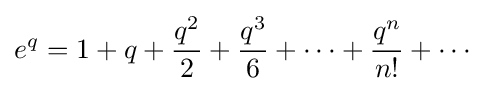
e^{q}=1+q+{\frac {q^{2}}{2}}+{\frac {q^{3}}{6}}+\cdots +{\frac {q^{n}}{n!}}+\cdots